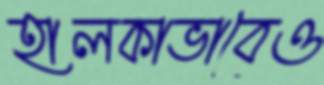
হালকাভাবেও